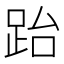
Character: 跆